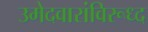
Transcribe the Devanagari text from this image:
उमेदवारांविरूध्द